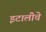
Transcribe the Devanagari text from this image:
इटालीचे